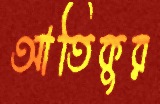
আতিকুর